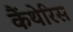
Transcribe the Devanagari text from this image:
कैंथेरिस